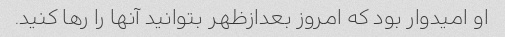
او امیدوار بود که امروز بعدازظهر بتوانید آنها را رها کنید.